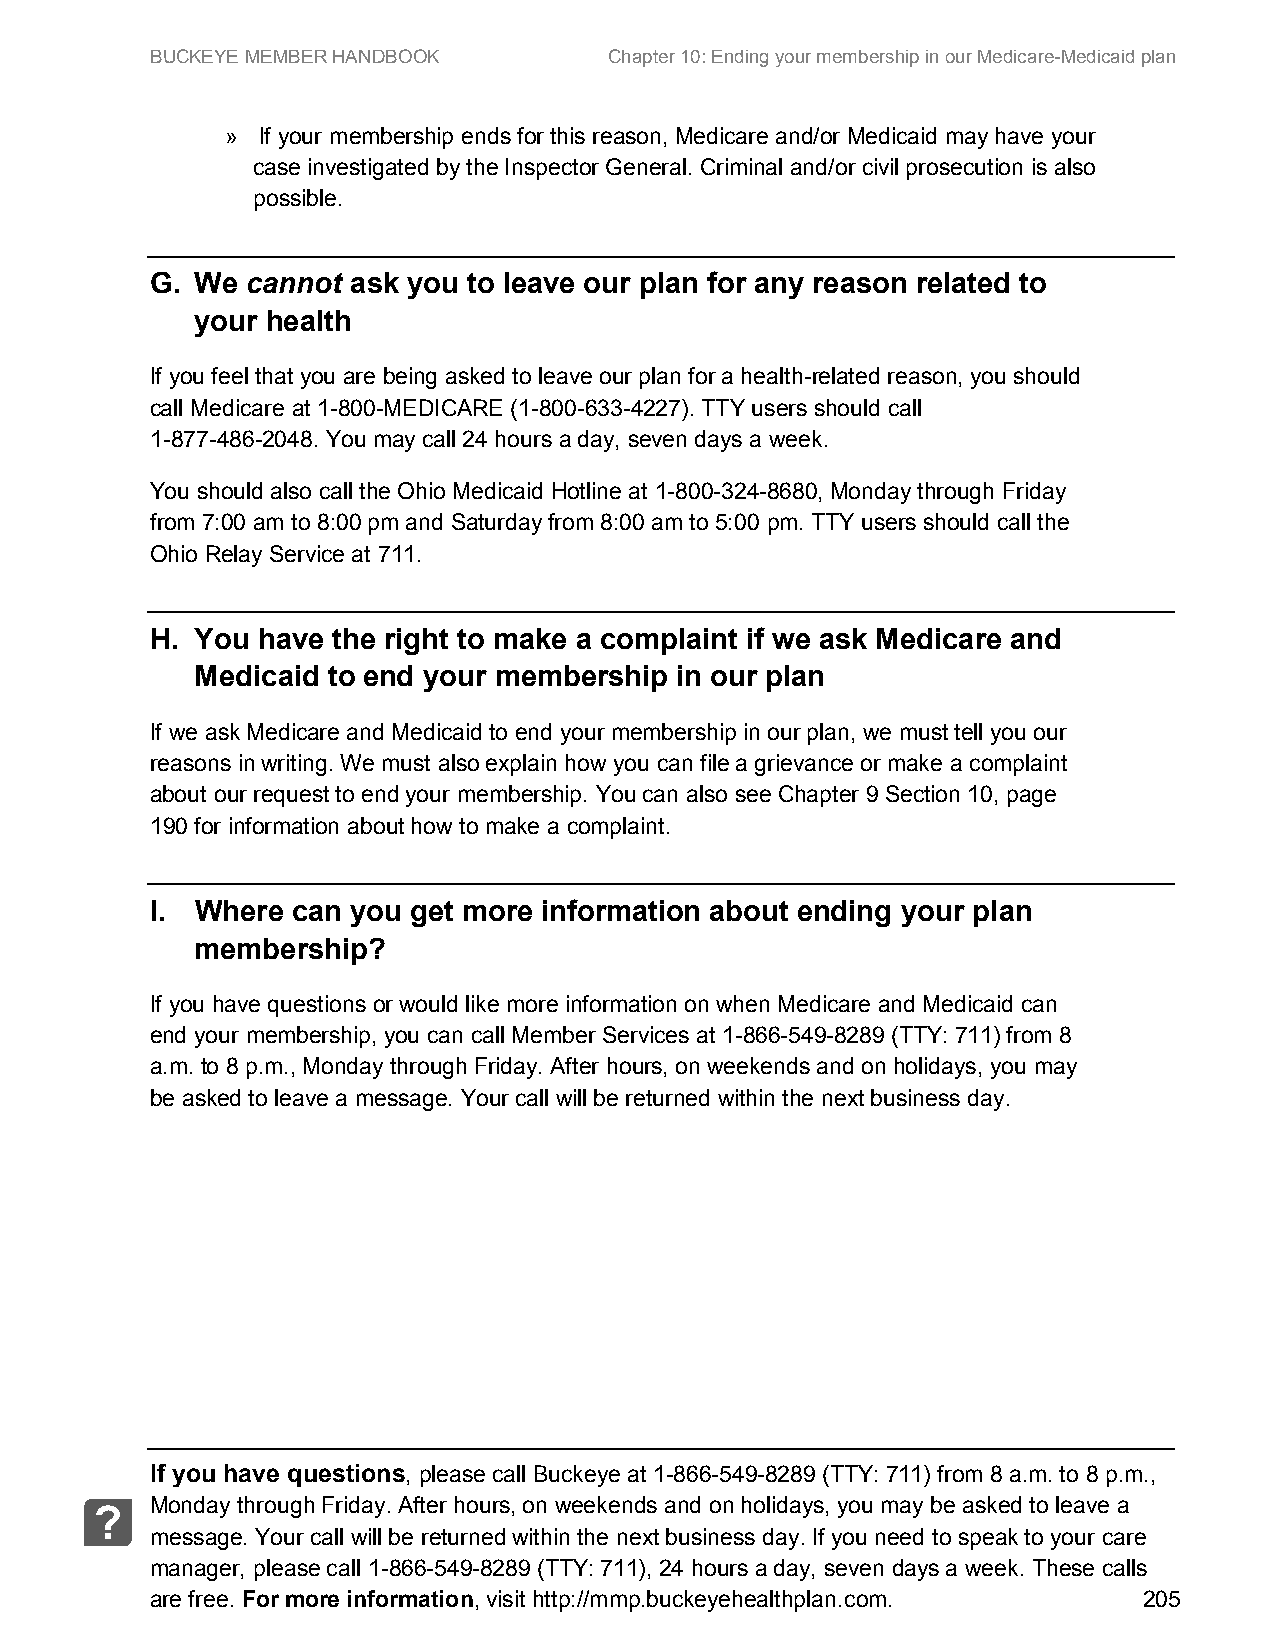
BUCKEYE MEMBER HANDBOOK       Chapter 10: Ending your membership in our Medicare-Medicaid plan
 » If your membership ends for this reason, Medicare and/or Medicaid may have your
 case investigated by the Inspector General. Criminal and/or civil prosecution is also
 possible.
 G. We cannot ask you to leave our plan for any reason related to
 your health
 If you feel that you are being asked to leave our plan for a health-related reason, you should
 call Medicare at 1-800-MEDICARE (1-800-633-4227). TTY users should call
 1-877-486-2048. You may call 24 hours a day, seven days a week.
 You should also call the Ohio Medicaid Hotline at 1-800-324-8680, Monday through Friday
 from 7:00 am to 8:00 pm and Saturday from 8:00 am to 5:00 pm. TTY users should call the
 Ohio Relay Service at 711.
 H. You have the right to make a complaint if we ask Medicare and
 Medicaid to end your membership in our plan
 If we ask Medicare and Medicaid to end your membership in our plan, we must tell you our
 reasons in writing. We must also explain how you can file a grievance or make a complaint
 about our request to end your membership. You can also see Chapter 9 Section 10, page
 190 for information about how to make a complaint.
 I. Where can you get more information about ending your plan
 membership?
 If you have questions or would like more information on when Medicare and Medicaid can
 end your membership, you can call Member Services at 1-866-549-8289 (TTY: 711) from 8
 a.m. to 8 p.m., Monday through Friday. After hours, on weekends and on holidays, you may
 be asked to leave a message. Your call will be returned within the next business day.
 If you have questions, please call Buckeye at 1-866-549-8289 (TTY: 711) from 8 a.m. to 8 p.m.,
 Monday through Friday. After hours, on weekends and on holidays, you may be asked to leave a
 ?
 message. Your call will be returned within the next business day. If you need to speak to your care
 manager, please call 1-866-549-8289 (TTY: 711), 24 hours a day, seven days a week. These calls
 are free. For more information, visit http://mmp.buckeyehealthplan.com. 205